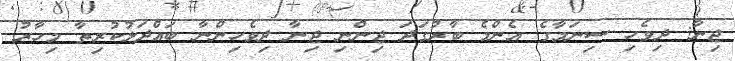
ޖިނާ: ދިވެހި ސިނަމާގެ އެންމެ ބާރުގަދަ ޖިންނި ޖިނާ ދިވެހިންނާ ބައްދަލުކުރިތާ މިހާރު